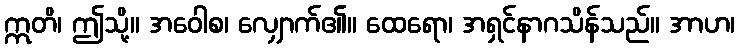
ဣတိ၊ ဤသို့။ အဝေါစ၊ လျှောက်၏။ ထေရော၊ အရှင်နာဂသိန်သည်။ အာဟ၊